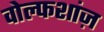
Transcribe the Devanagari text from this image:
वोल्फशांज़